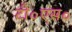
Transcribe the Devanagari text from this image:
टी०एस०